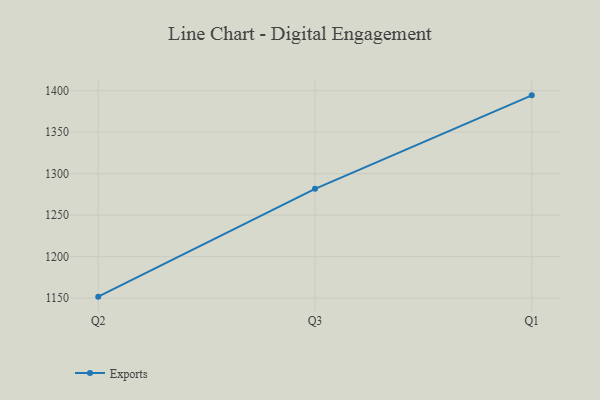
{"axis": {"x": "Quarter", "y": "Market Share (%)"}, "legend": ["Exports"], "data": [{"x": "Q2", "y": 1151.8, "type": "Exports"}, {"x": "Q3", "y": 1281.7, "type": "Exports"}, {"x": "Q1", "y": 1394.4, "type": "Exports"}]}